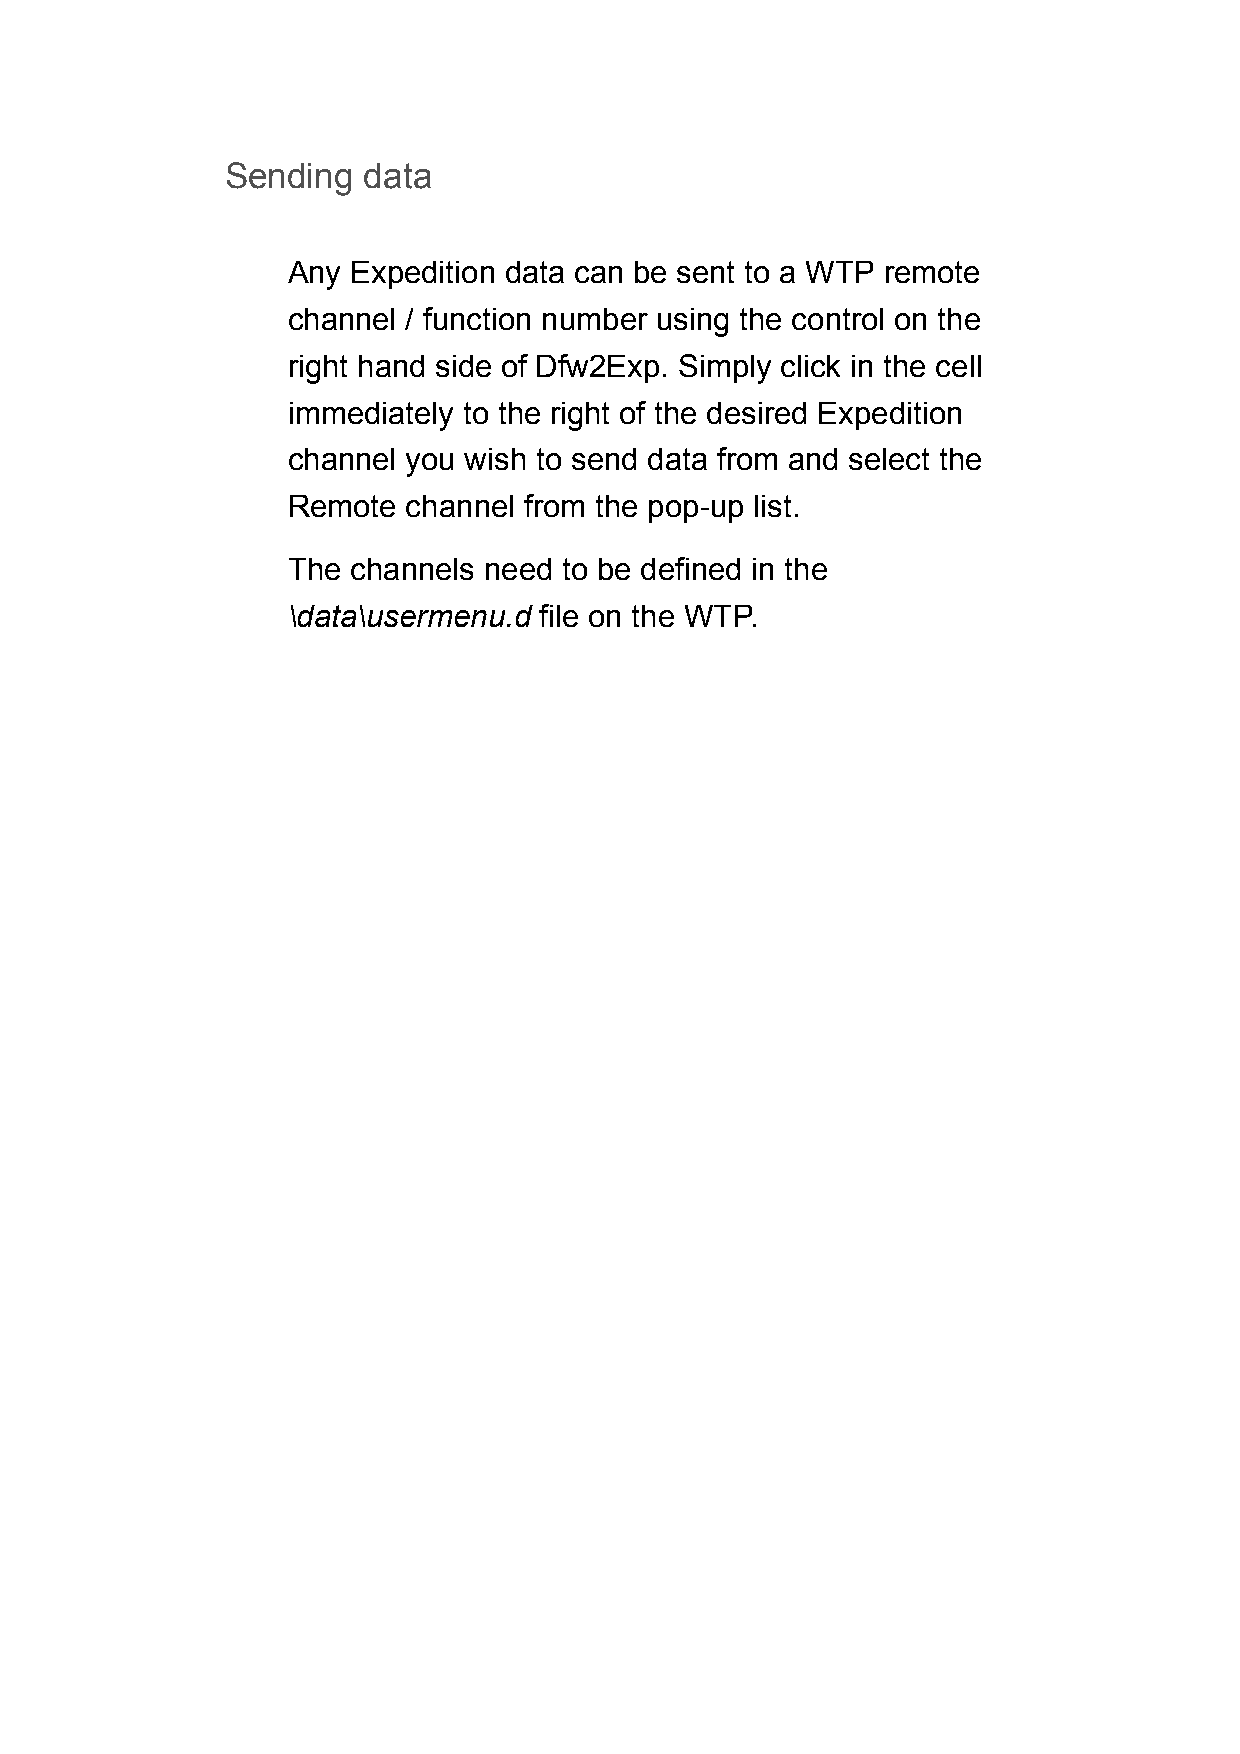
Sending  data
 Any Expedition data can be sent to a WTP remote
 channel / function number using the control on the
 right hand side of Dfw2Exp. Simply click in the cell
 immediately to the right of the desired Expedition
 channel you wish to send data from and select the
 Remote  channel from the pop-up list.
 The channels need to be defined in the
 \data\usermenu.d file on the WTP.